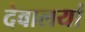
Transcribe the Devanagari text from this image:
देवालयां